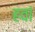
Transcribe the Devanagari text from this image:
हवां